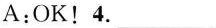
A:OK!4. ___